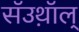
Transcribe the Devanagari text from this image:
सॅउथ़ॉल्